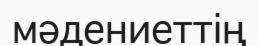
мәдениеттің